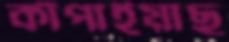
কাঁপাইয়াছ